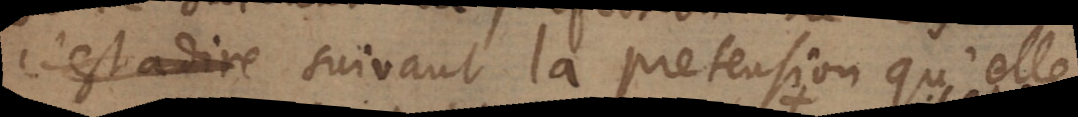
c’est a dire suivant la pretension qu’elle